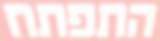
התפתח